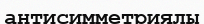
антисимметриялы